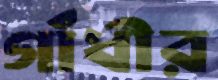
গাঁধীর